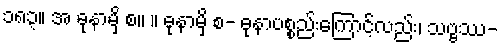
၁၈၃။ အ ဓုနာမှိ စ။ ။ ဓုနာမှိ စ- ဓုနာပစ္စည်းကြောင့်လည်း၊ သဗ္ဗဿ-